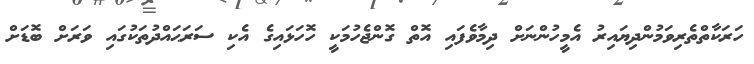
ހަރަކާތްތެރިވަމުންދިޔައިރު އެމީހުންނަށް ދިމާވެފައި އޮތް ގޮންޖެހުމަކީ ހޮހަޅައިގެ އެކި ސަރަޙައްދުތަކުގައި ވަރަށް ބޮޑަށް